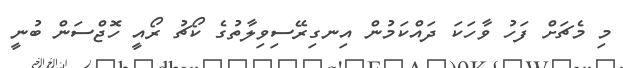
މި މެޗަށް ފަހު ވާހަކަ ދައްކަމުން އިނގިރޭސިވިލާތުގެ ކޯޗު ރޯއީ ހޮޖްސަން ބުނީ